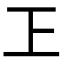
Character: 㠪